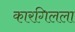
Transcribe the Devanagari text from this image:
कारगिलला